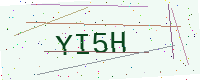
Text: YI5H